Civil Veterinary Department Bengal reports 1933-51 - 1933-1951
Year: 1933
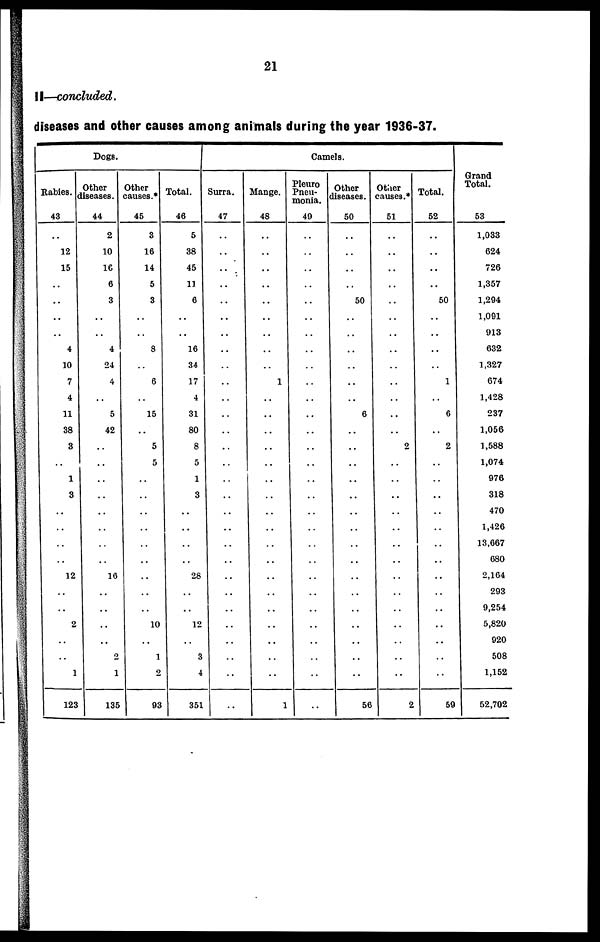
21
II—concluded.
diseases and other causes among animals during the year 1936-37.
Dogs
Rabies.
43
..
12
15
..
..
..
..
4
10
7
4
11
38
3
..
1
3
..
..
..
..
12
..
..
2
..
..
1
123
Other
diseases.
44
2
10
16
6
3
..
..
4
24
4
..
5
42
..
..
..
..
..
..
..
..
16
..
..
..
..
2
1
135
Other
causes.*
45
3
16
14
5
3
..
..
8
..
6
..
15
..
5
5
..
..
..
..
..
..
..
..
..
10
..
1
2
93
Total.
46
5
38
45
11
6
..
..
16
34
17
4
31
80
8
5
1
3
..
..
..
..
28
..
..
12
..
3
4
351
Camels.
Surra.
47
..
..
..
..
..
..
..
..
..
..
..
..
..
..
..
..
..
..
..
..
..
..
..
..
..
..
..
..
..
Mange.
48
..
..
..
..
..
..
..
..
..
1
..
..
..
..
..
..
..
..
..
..
..
..
..
..
..
..
..
..
1
Pleuro
Pneu-
monia.
49
..
..
..
..
..
..
..
..
..
..
..
..
..
..
..
..
..
..
..
..
..
..
..
..
..
..
..
..
..
Other
diseases.
50
..
..
..
..
50
..
..
..
..
..
..
6
..
..
..
..
..
..
..
..
..
..
..
..
..
..
..
..
56
Other
causes.*
51
..
..
..
..
..
..
..
..
..
..
..
..
..
2
..
..
..
..
..
..
..
..
..
..
..
..
..
..
2
Total.
52
..
..
..
..
50
..
..
..
..
1
..
6
..
2
..
..
..
..
..
..
..
..
..
..
..
..
..
..
59
Grand
Total.
53
1,033
624
726
1,357
1,294
1,091
913
632
1,327
674
1,428
237
1,056
1,588
1,074
976
318
470
1,426
13,667
680
2,164
293
9,254
5,820
920
508
1,152
52,702